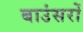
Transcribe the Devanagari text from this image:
बाउंसरों